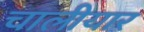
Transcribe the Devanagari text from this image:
चालीयार